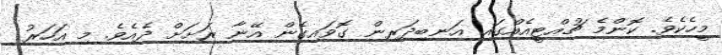
މީހެކެވެ. ކޮންމެ ޗުއްޓީއެއްގައި އަނބިދަރިން ގޮވައިގެން އޭނާ ރަށަށް ދެއެވެ. މި އަހަރު